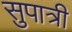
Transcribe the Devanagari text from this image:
सुपात्री